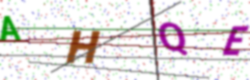
Text: AHQE